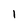
Character: 1